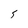
Character: 5